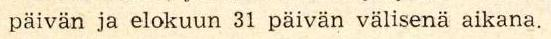
päivän ja elokuun 31 päivän välisenä aikana.